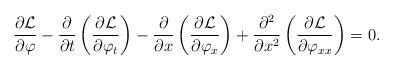
LaTeX: \begin{align*}\frac{\partial \mathcal{L}}{\partial \varphi} - \frac{\partial}{\partial t}\left(\frac{\partial \mathcal{L}}{\partial \varphi_t}\right) - \frac{\partial}{\partial x}\left(\frac{\partial \mathcal{L}}{\partial \varphi_x}\right) + \frac{\partial^2}{\partial x^2}\left(\frac{\partial \mathcal{L}}{\partial \varphi_{xx}}\right) = 0.\end{align*}